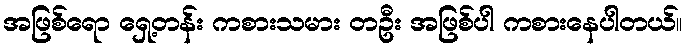
အဖြစ်ရော ရှေ့တန်း ကစားသမား တဦး အဖြစ်ပါ ကစားနေပါတယ်။